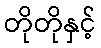
တိုတိုနှင့်